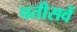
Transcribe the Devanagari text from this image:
पतीसवें